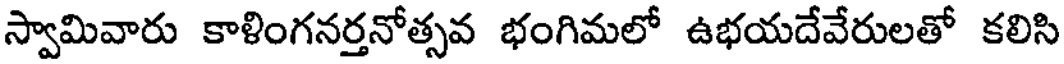
స్వామివారు కాళింగనర్తనోత్సవ భంగిమలో ఉభయదేవేరులతో కలిసి